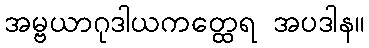
အမ္ဗယာဂုဒါယကတ္ထေရ အပဒါန။